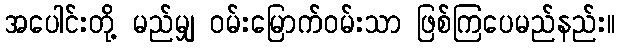
အပေါင်းတို့ မည်မျှ ဝမ်းမြောက်ဝမ်းသာ ဖြစ်ကြပေမည်နည်း။